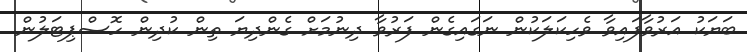
ބަޔަކު އަރުވާފައިވާ ވެހިކަލަކުން ނަގައިގެން ފަރުވާ ދިނުމަށް ގެންދިޔަ ތިން ކުދިން ހޮސްޕިޓަލުން